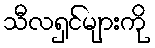
သီလရှင်များကို